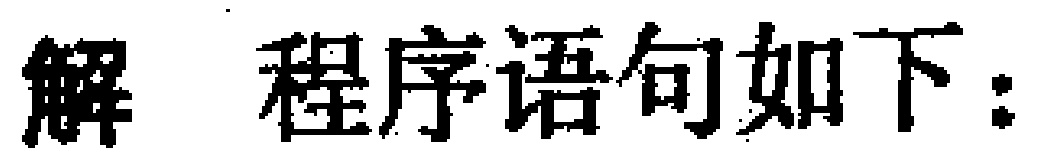
解 程序语句如下：